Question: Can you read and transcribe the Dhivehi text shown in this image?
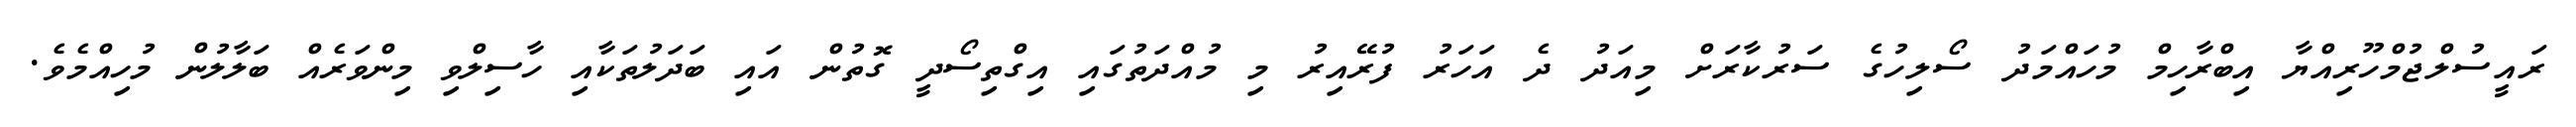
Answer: ރައީސުލްޖުމްހޫރިއްޔާ އިބްރާހިމް މުހައްމަދު ސޯލިހުގެ ސަރުކާރަށް މިއަދު ދެ އަހަރު ފުރޭއިރު މި މުއްދަތުގައި އިގްތިސޯދީ ގޮތުން އައި ބަދަލުތަކާއި ހާސިލްވި މިންވަރެއް ބަލާލުން މުހިއްމެވެ.